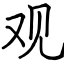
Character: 观